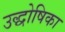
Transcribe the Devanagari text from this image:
उद्धोषिका